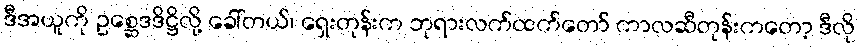
ဒီအယူကို ဥစ္ဆေဒဒိဋ္ဌိလို့ ခေါ်တယ်၊ ရှေးတုန်းက ဘုရားလက်ထက်တော် ကာလဆီတုန်းကတော့ ဒီလို